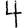
Digit: 4